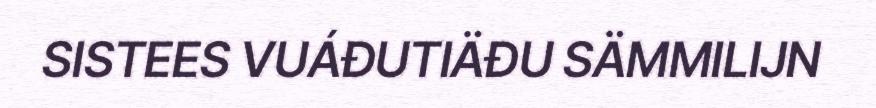
SISTEES VUÁĐUTIÄĐU SÄMMILIJN